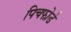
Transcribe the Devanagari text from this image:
पिचफोर्ड